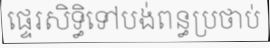
ផ្ទេរសិទ្ធិទៅបង់ពន្ធប្រថាប់